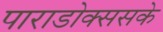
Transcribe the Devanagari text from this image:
पाराडोक्ससके